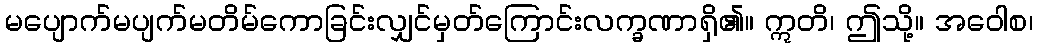
မပျောက်မပျက်မတိမ်ကောခြင်းလျှင်မှတ်ကြောင်းလက္ခဏာရှိ၏။ ဣတိ၊ ဤသို့။ အဝေါစ၊